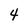
Character: 4